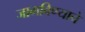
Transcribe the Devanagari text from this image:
जागविण्याचे